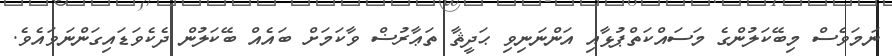
ނަމަވެސް މިބޭކަލުންގެ މަސައްކަތްޕުޅާއި އަންނަނިވި ޙަދީޘާ ތަޢާރުޟް ވާކަމަށް ބައެއް ބޭކަލުން ދެކެވަޑައިގަންނަވައެވެ.